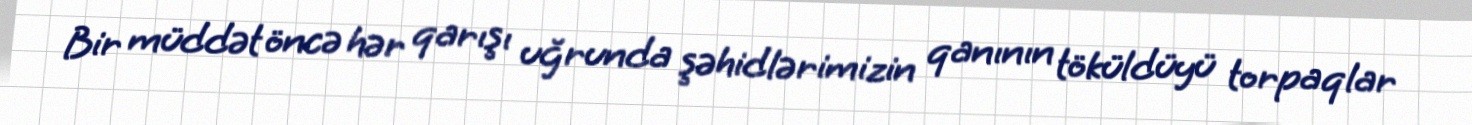
Bir müddət öncə hər qarışı uğrunda şəhidlərimizin qanının töküldüyü torpaqlar